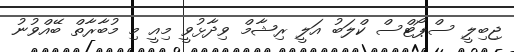
ޖިބިލީ ސްޕޯޓްސް ކްލަބު އަލީ ރިޝާމް ވިދާޅުވީ މިއީ މި މުބާރާތް ބޭއްވުނު